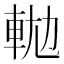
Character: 𨋛